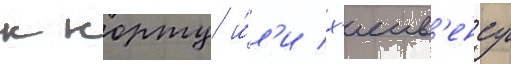
к норту и́л'и х'еив'енсу